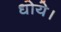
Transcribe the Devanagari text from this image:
धोये।